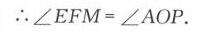
\(\therefore \angle EFM=\angle AOP.\)